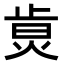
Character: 𤉭